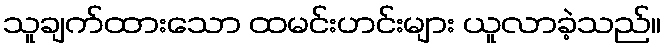
သူချက်ထားသော ထမင်းဟင်းများ ယူလာခဲ့သည်။